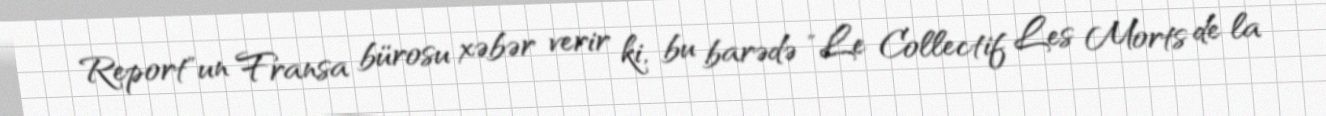
Report"un Fransa bürosu xəbər verir ki, bu barədə "Le Collectif Les Morts de la